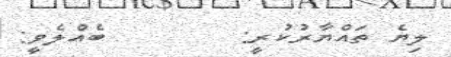
ލިޔެ ތައްޔާރުކުރީ:        ބެއްލެވީ: